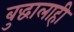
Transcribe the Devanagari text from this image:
बुद्धालाही